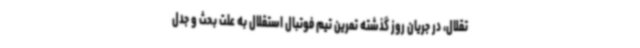
تقلال،‌ در جریان روز گذشته تمرین تیم فوتبال استقلال به علت بحث و جدل